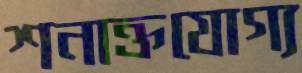
শনাক্তযোগ্য